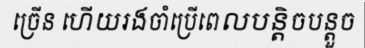
ច្រើន ហើយរងចាំប្រើពេលបន្តិចបន្តួច